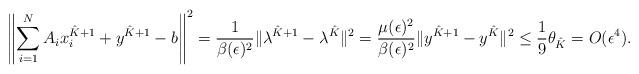
LaTeX: \begin{align*}\left\|\sum_{i=1}^N A_ix_i^{\hat{K}+1}+y^{\hat{K}+1}-b\right\|^2 = \frac{1}{\beta(\epsilon)^2}\|\lambda^{\hat{K}+1}-\lambda^{\hat{K}}\|^2=\frac{\mu(\epsilon)^2}{\beta(\epsilon)^2}\|y^{\hat{K}+1}-y^{\hat{K}}\|^2\leq \frac{1}{9}\theta_{\hat{K}}=O(\epsilon^4).\end{align*}